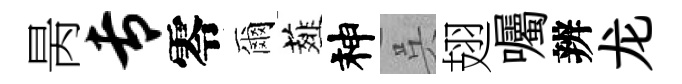
昺专零爾薤神呉翅囑辨龙